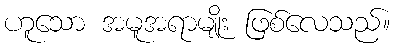
ဟူသော အမူအရာမျိုး ဖြစ်လေသည်။